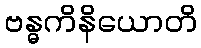
ဗန္ဓကိနိယောတိ